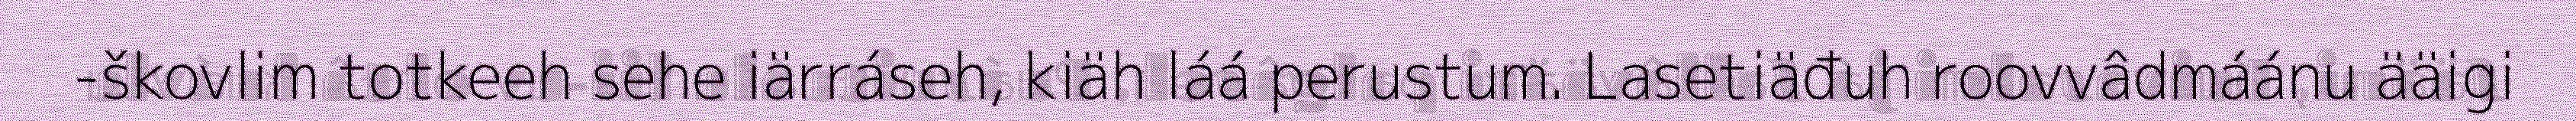
-škovlim totkeeh sehe iärráseh, kiäh láá perustum. Lasetiäđuh roovvâdmáánu ääigi